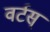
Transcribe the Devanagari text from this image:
वर्टस्